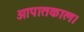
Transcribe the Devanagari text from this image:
आपातकाल।